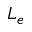
L _ { e }